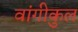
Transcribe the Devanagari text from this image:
वांगीकुल